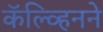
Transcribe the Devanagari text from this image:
कॅल्व्हिनने